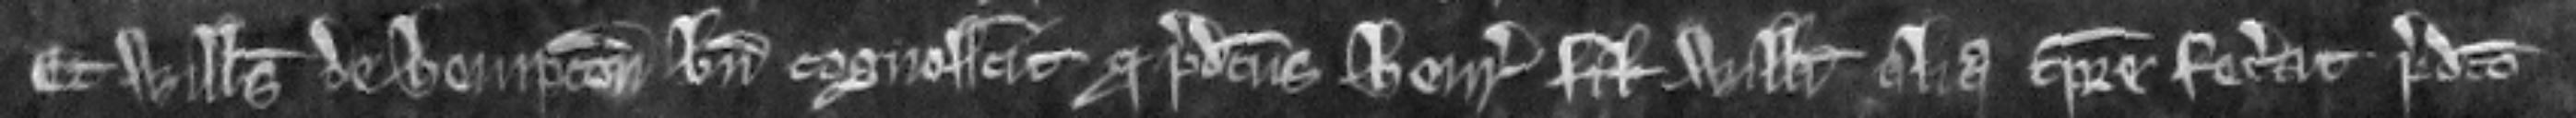
Et Willelmus de Hempton bene cognoscit quod predictus Henricus filius Willelmi aliquo tempore fecerat predicto